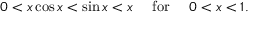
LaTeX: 0 < x \cos x < \sin x < x \quad { \mathrm { ~ f o r ~ } } \quad 0 < x < 1 .